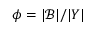
\phi = | \mathcal { B } | / | Y |